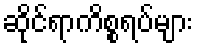
ဆိုင်ရာကိစ္စရပ်များ